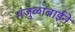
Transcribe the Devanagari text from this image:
मंजुळाबाईने